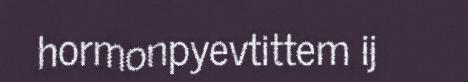
hormonpyevtittem ij